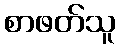
စာဖတ်သူ